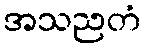
အသညတံ